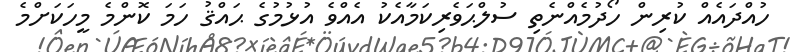
ހުއްދައެއް ކުރިން ހޯދުމެއްނެތި ސުލްޙަވެރިކަމާއެކު އެއްވެ އުޅުމުގެ ޙައްޤު ހަމަ ކޮންމެ މީހަކަށްމެ